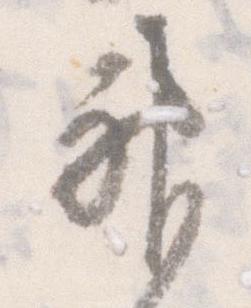
神